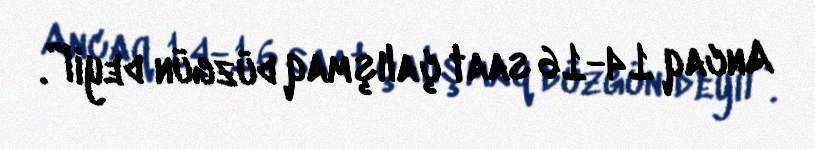
Ancaq 14-16 saat çalışmaq düzgün deyil”.